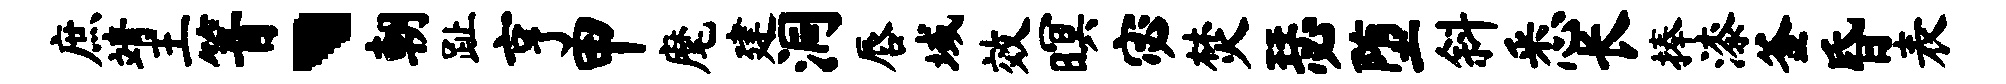
庶靖王箐、朝趾亨甲麾建洞唇域效暝宓焚瑟堕斜悉长捧漆釜昏表